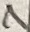
Text: 7